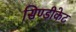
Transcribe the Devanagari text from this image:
सिण्डीकेट